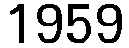
1959